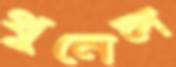
থুনেল